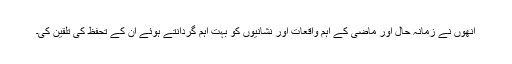
انھوں نے زمانہ حال اور ماضی کے اہم واقعات اور نشانیوں کو بہت اہم گردانتے ہوئے ان کے تحفظ کی تلقین کی۔